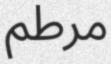
مرطم